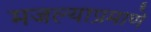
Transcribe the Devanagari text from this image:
मजल्याप्रमाणे